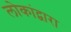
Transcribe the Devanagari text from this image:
लोकांद्वारा